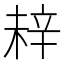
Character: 𬨗